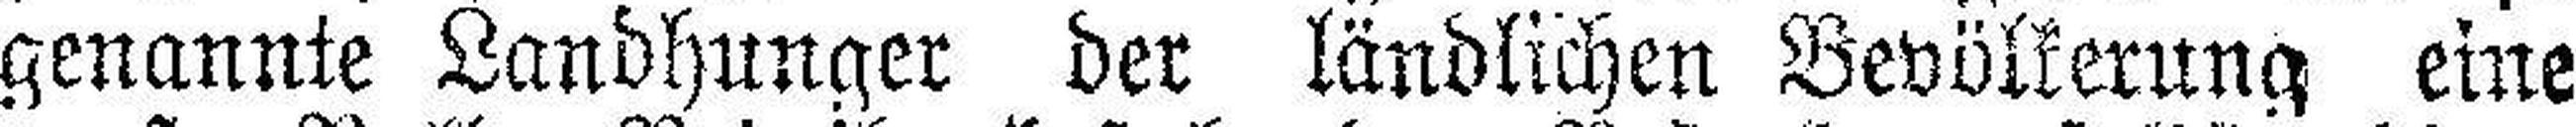
genannte Landhunger der ländlichen Bevölkerung eine